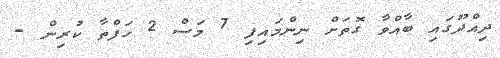
ދިއްދޫގައި ބާއްވާ ގޮތަށް ނިންމައިފި 7 މަސް 2 ހަފްތާ ކުރިން -